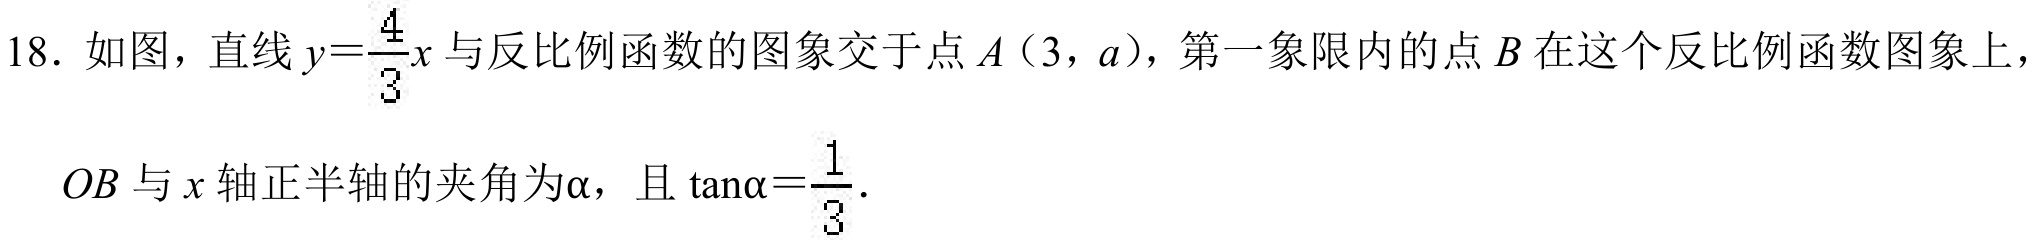
18. 如图，直线\(y = \frac{4}{3}x\)与反比例函数的图象交于点\(A(3,a)\)，第一象限内的点\(B\)在这个反比例函数图象上，
\(OB\)与\(x\)轴正半轴的夹角为\(\alpha\)，且\(\tan\alpha=\frac{1}{3}\).